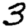
Digit: 3